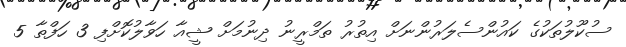
ސުކޫލުތަކުގެ ކައުންސެލަރުންނަށް އިތުރު ތަމްރީނު ދިނުމަށް ޝީއާ ހަވާލުކޮށްފި 3 ހަފްތާ 5